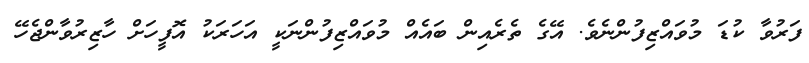
ފަރުވާ ކުޑަ މުވައްޒިފުންނެވެ. އޭގެ ތެރެއިން ބައެއް މުވައްޒިފުންނަކީ އަހަރަކު އޮފީހަށް ހާޒިރުވާންޖެހޭ